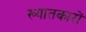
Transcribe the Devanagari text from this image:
ख्यातकारों